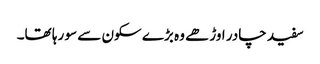
سفید چادر اوڑھے وہ بڑے سکون سے سو رہا تھا۔